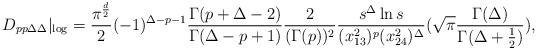
LaTeX: \begin{align*}D_{pp\Delta\Delta}|_{\log}=\frac{\pi^{\frac{d}{2}}}{2}(-1)^{\Delta-p-1}\frac{\Gamma(p+\Delta-2)}{\Gamma(\Delta-p+1)}\frac{2}{(\Gamma(p))^{2}}\frac{s^{\Delta}\ln s}{(x_{13}^{2})^{p}(x_{24}^{2})^{\Delta}}(\sqrt{\pi}\frac{\Gamma(\Delta)}{\Gamma(\Delta+\frac{1}{2})}),\end{align*}